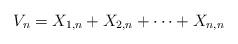
LaTeX: \begin{align*} V_{n} = X_{1,n} + X_{2,n} + \cdots + X_{n,n}\end{align*}